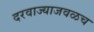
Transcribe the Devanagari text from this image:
दरवाज्याजवळच